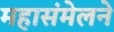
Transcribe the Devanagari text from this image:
महासंमेलने